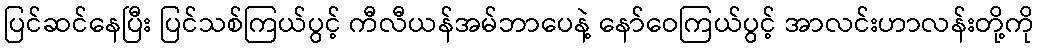
ပြင်ဆင်နေပြီး ပြင်သစ်ကြယ်ပွင့် ကီလီယန်အမ်ဘာပေနဲ့ နော်ဝေကြယ်ပွင့် အာလင်းဟာလန်းတို့ကို